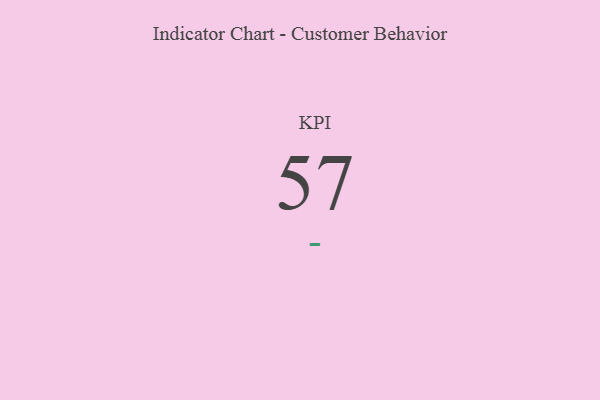
{"axis": {"x": "KPI", "y": "Value"}, "legend": [""], "data": [{"x": "KPI", "y": 57, "type": ""}]}